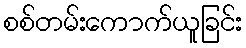
စစ်တမ်းကောက်ယူခြင်း